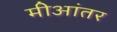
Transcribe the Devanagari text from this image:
मीआंतर